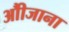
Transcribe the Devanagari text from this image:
औीजाना